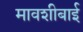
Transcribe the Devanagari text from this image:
मावशीबाई